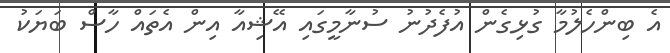
އެ ބިންހެލުމާ ގުޅިގެން އުފެދުނު ސުނާމީގައި އޭޝިއާ އިން އެތައް ހާސް ބަޔަކު